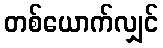
တစ်ယောက်လျှင်